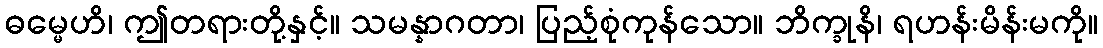
ဓမ္မေဟိ၊ ဤတရားတို့နှင့်။ သမန္နာဂတာ၊ ပြည့်စုံကုန်သော။ ဘိက္ခုနိ၊ ရဟန်းမိန်းမကို။